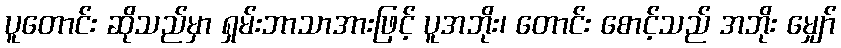
ပူတောင်း ဆိုသည်မှာ ရှမ်းဘာသာအားဖြင့် ပူအဘိုး၊ တောင်း စောင့်သည် အဘိုး မျှော်